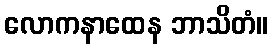
လောကနာထေန ဘာသိတံ။